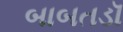
બાબતડૉ